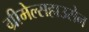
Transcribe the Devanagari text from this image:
ग्रीमेल्सहाउसेन